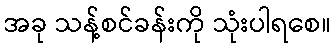
အခု သန့်စင်ခန်းကို သုံးပါရစေ။